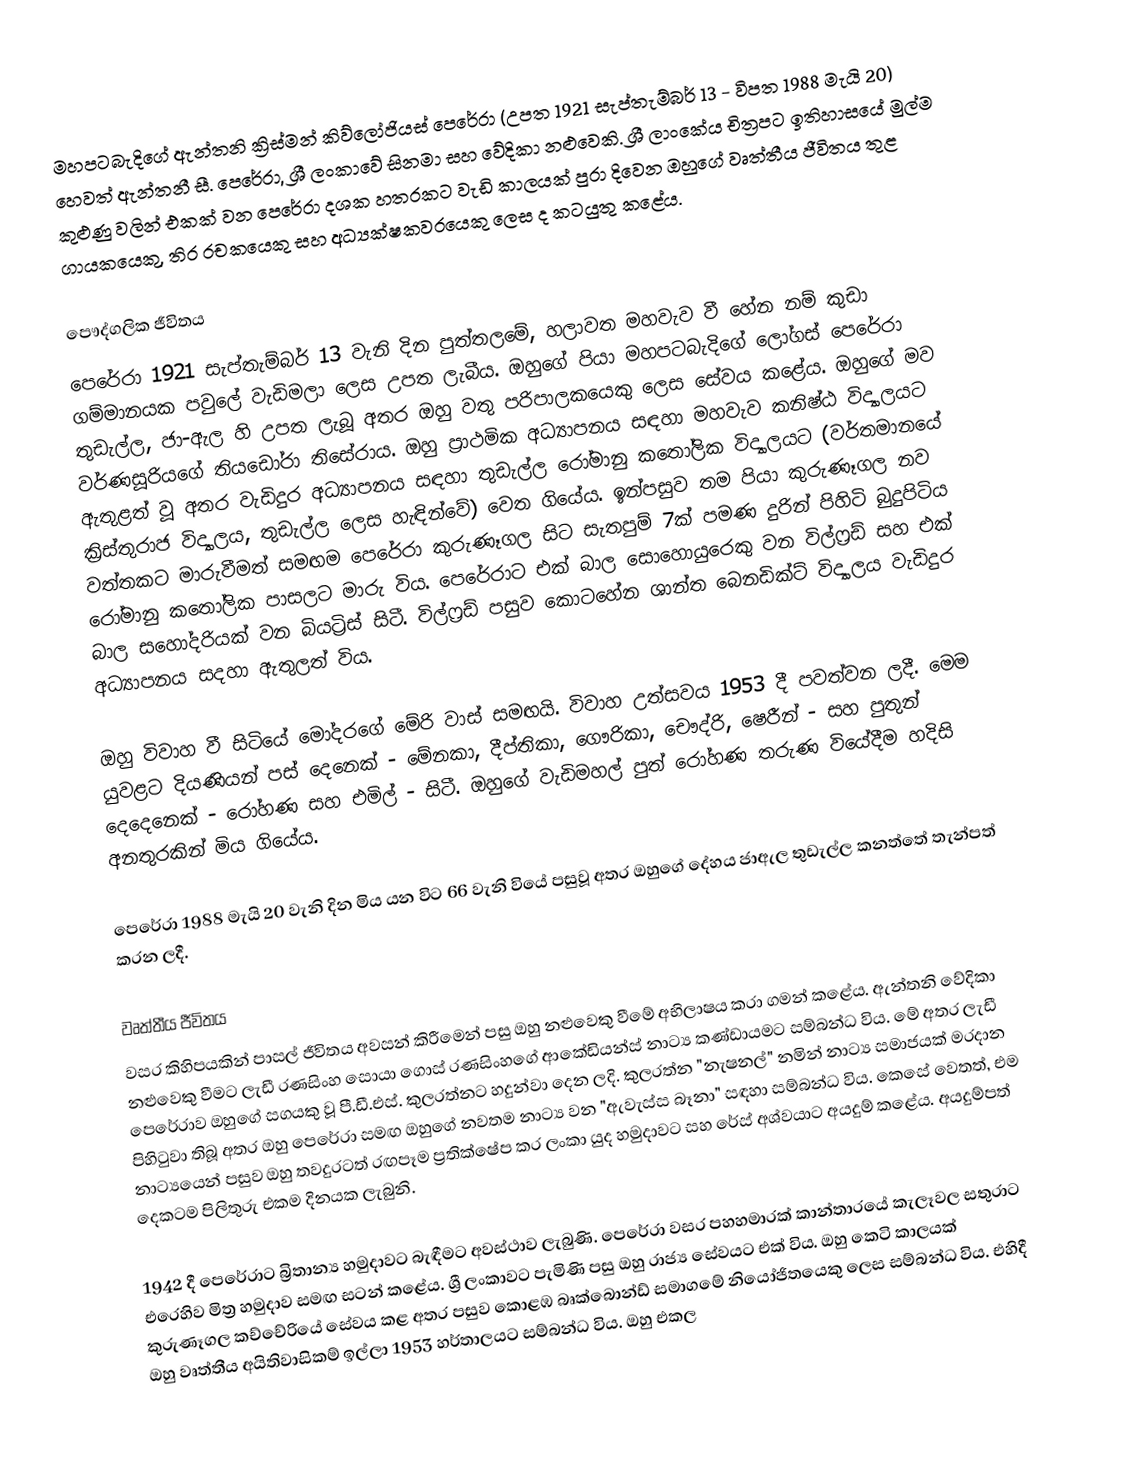
මහපටබැදිගේ ඇන්තනි ක්‍රිස්මන් කිව්ලෝජියස් පෙරේරා (උපත 1921 සැප්තැම්බර් 13 - විපත 1988 මැයි 20) හෙවත් ඇන්තනී සී. පෙරේරා, ශ්‍රී ලංකාවේ සිනමා සහ වේදිකා නළුවෙකි. ශ්‍රී ලාංකේය චිත්‍රපට ඉතිහාසයේ මුල්ම කුළුණු වලින් එකක් වන පෙරේරා දශක හතරකට වැඩි කාලයක් පුරා දිවෙන ඔහුගේ වෘත්තීය ජීවිතය තුළ ගායකයෙකු, තිර රචකයෙකු සහ අධ්‍යක්ෂකවරයෙකු ලෙස ද කටයුතු කළේය.

පෞද්ගලික ජීවිතය
පෙරේරා 1921 සැප්තැම්බර් 13 වැනි දින පුත්තලමේ, හලාවත මහවැව වී හේන නම් කුඩා ගම්මානයක පවුලේ වැඩිමලා ලෙස උපත ලැබීය. ඔහුගේ පියා මහපටබැදිගේ ලෝගස් පෙරේරා තුඩැල්ල, ජා-ඇල හි උපත ලැබූ අතර ඔහු වතු පරිපාලකයෙකු ලෙස සේවය කළේය. ඔහුගේ මව වර්ණසූරියගේ තියඩෝරා තිසේරාය. ඔහු ප්‍රාථමික අධ්‍යාපනය සඳහා මහවැව කනිෂ්ඨ විද්‍යාලයට ඇතුළත් වූ අතර වැඩිදුර අධ්‍යාපනය සඳහා තුඩැල්ල රෝමානු කතෝලික විද්‍යාලයට (වර්තමානයේ ක්‍රිස්තුරාජ විද්‍යාලය, තුඩැල්ල ලෙස හැඳින්වේ) වෙත ගියේය. ඉන්පසුව තම පියා කුරුණෑගල නව වත්තකට මාරුවීමත් සමඟම පෙරේරා කුරුණෑගල සිට සැතපුම් 7ක් පමණ දුරින් පිහිටි බුදුපිටිය රෝමානු කතෝලික පාසලට මාරු විය. පෙරේරාට එක් බාල සොහොයුරෙකු වන විල්ෆ්‍රඩ් සහ එක් බාල සහෝදරියක් වන බියට්‍රිස් සිටී. විල්ෆ්‍රඩ් පසුව කොටහේන ශාන්ත බෙනඩික්ට් විද්‍යාලය වැඩිදුර අධ්‍යාපනය සදහා ඇතුලත් විය.

ඔහු විවාහ වී සිටියේ මෝදරගේ මේරි වාස් සමඟයි. විවාහ උත්සවය 1953 දී පවත්වන ලදී. මෙම යුවළට දියණියන් පස් දෙනෙක් - මේනකා, දීප්තිකා, ගෞරිකා, චෞද්රි, ෂෙරීන් - සහ පුතුන් දෙදෙනෙක් - රෝහණ සහ එමිල් - සිටී. ඔහුගේ වැඩිමහල් පුත් රෝහණ තරුණ වියේදීම හදිසි අනතුරකින් මිය ගියේය.

පෙරේරා 1988 මැයි 20 වැනි දින මිය යන විට 66 වැනි වියේ පසුවූ අතර ඔහුගේ දේහය ජාඇල තුඩැල්ල කනත්තේ තැන්පත් කරන ලදී.

වෘත්තීය ජීවිතය
වසර කිහිපයකින් පාසල් ජීවිතය අවසන් කිරීමෙන් පසු ඔහු නළුවෙකු වීමේ අභිලාෂය කරා ගමන් කළේය. ඇන්තනි වේදිකා නළුවෙකු වීමට ලැඩී රණසිංහ සොයා ගොස් රණසිංහගේ ආකේඩියන්ස් නාට්‍ය කණ්ඩායමට සම්බන්ධ විය. මේ අතර ලැඩී පෙරේරාව ඔහුගේ සගයකු වූ පී.ඩී.එස්. කුලරත්නට හදුන්වා දෙන ලදි. කුලරත්න "නැෂනල්" නමින් නාට්‍ය සමාජයක් මරදාන පිහිටුවා තිබූ අතර ඔහු පෙරේරා සමඟ ඔහුගේ නවතම නාට්‍ය වන "ඇවැස්ස බෑනා" සඳහා සම්බන්ධ විය. කෙසේ වෙතත්, එම නාට්‍යයෙන් පසුව ඔහු තවදුරටත් රඟපෑම ප්‍රතික්ෂේප කර ලංකා යුද හමුදාවට සහ රේස් අශ්වයාට අයදුම් කළේය. අයදුම්පත් දෙකටම පිලිතුරු එකම දිනයක ලැබුනි.

1942 දී පෙරේරාට බ්‍රිතාන්‍ය හමුදාවට බැඳීමට අවස්ථාව ලැබුණි. පෙරේරා වසර පහහමාරක් කාන්තාරයේ කැලෑවල සතුරාට එරෙහිව මිත්‍ර හමුදාව සමඟ සටන් කළේය. ශ්‍රී ලංකාවට පැමිණි පසු ඔහු රාජ්‍ය සේවයට එක් විය. ඔහු කෙටි කාලයක් කුරුණෑගල කච්චේරියේ සේවය කළ අතර පසුව කොළඹ බෘක්බොන්ඩ් සමාගමේ නියෝජිතයෙකු ලෙස සම්බන්ධ විය. එහිදී ඔහු වෘත්තීය අයිතිවාසිකම් ඉල්ලා 1953 හර්තාලයට සම්බන්ධ විය. ඔහු එකල